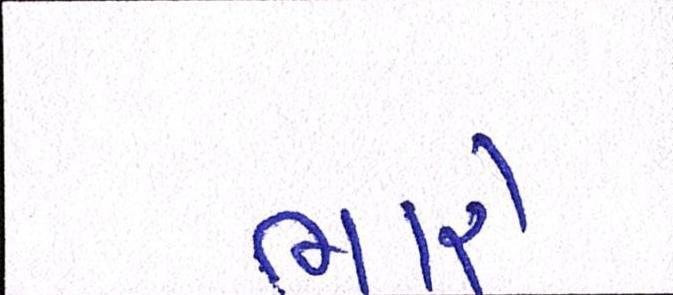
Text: ભારે